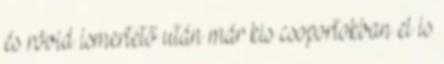
és rövid ismertető után már kis csoportokban el is